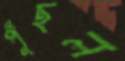
পুঁছল